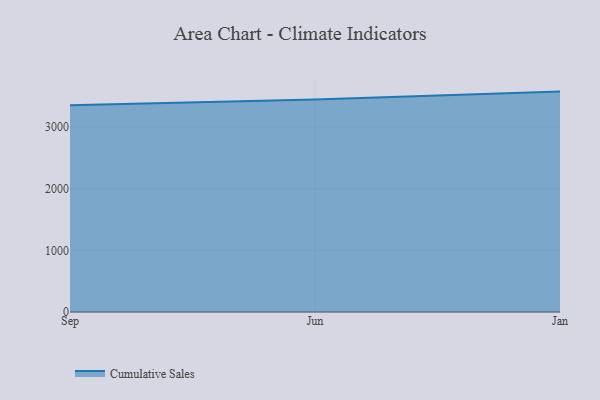
{"axis": {"x": "Month", "y": "Budget (USD K)"}, "legend": ["Cumulative Sales"], "data": [{"x": "Sep", "y": 3355.6, "type": "Cumulative Sales"}, {"x": "Jun", "y": 3446.3, "type": "Cumulative Sales"}, {"x": "Jan", "y": 3576.4, "type": "Cumulative Sales"}]}